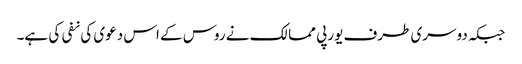
جبکہ دوسری طرف یورپی ممالک نے روس کے اس دعوی کی نفی کی ہے۔